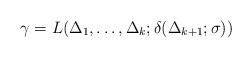
LaTeX: \begin{align*}\gamma=L(\Delta_1,\ldots,\Delta_k;\delta(\Delta_{k+1};\sigma))\end{align*}